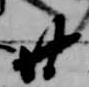
廿